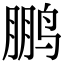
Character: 鹏